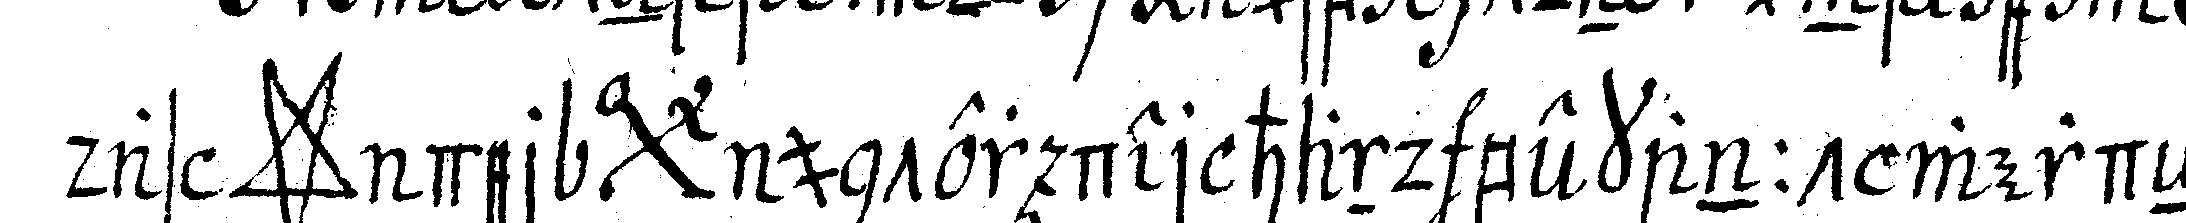
das *star* der *bigx* unter der hand bekannt werdeN